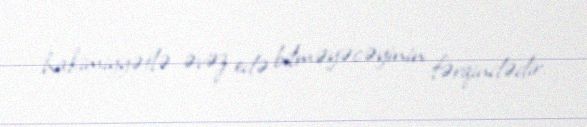
hakimiyyətlə əvəz edə bilməyəcəyinin fərqindədir.